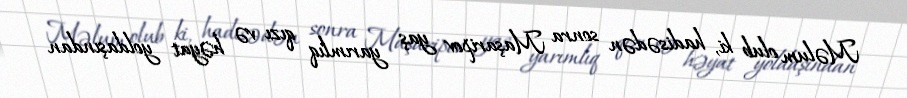
Məlum olub ki, hadisədən sonra Maşaripov yaş yarımlıq qızı və həyat yoldaşından